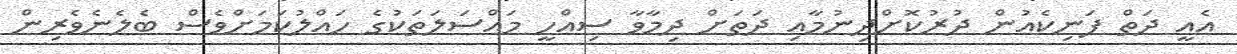
އެއީ ދަތް ފަނިކެއުން ދުރުކޮށްދިނުމާއި ދަތަށް ދިމާވާ ސިއްހީ މައްސަލަތަކުގެ ހައްލުކަމަށްވެސް ބެލެނެވެރިން